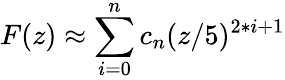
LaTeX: F(z)\approx\sum_{i=0}^{n}c_{n}(z/5)^{2*i+1}